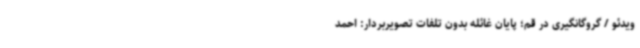
ویدئو / گروگانگیری در قم؛ پایان غائله بدون تلفات تصویربردار: احمد